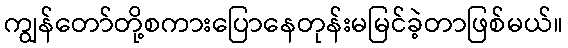
ကျွန်တော်တို့စကားပြောနေတုန်းမမြင်ခဲ့တာဖြစ်မယ်။